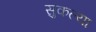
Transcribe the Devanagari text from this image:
सुकल्या